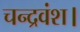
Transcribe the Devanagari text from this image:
चन्द्रवंश।